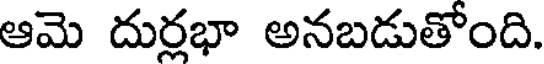
ఆమె దుర్లభా అనబడుతోంది.